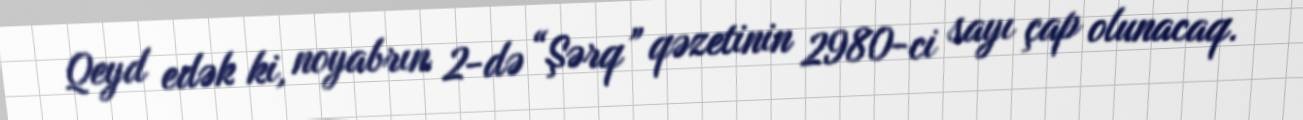
Qeyd edək ki, noyabrın 2-də “Şərq” qəzetinin 2980-ci sayı çap olunacaq.